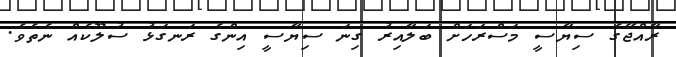
ރާއްޖޭގެ ސިޔާސީ މަސްރަހަށް ބަލާއިރު ގިނަ ސިޔާސީ އިންގެ ރަނގަޅު ސުލޫކެއް ނެތެވެ.